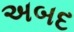
અબદ